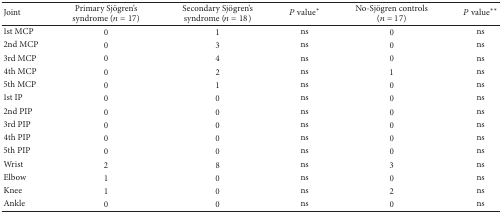
| Joint | Primary Sjögren's syndrome (n = 17) | Secondary Sjögren's syndrome (n = 18) | P value* | No-Sjögren controls (n = 17) | P value** |
 | --- | --- | --- | --- | --- | --- |
 | 1st MCP | 0 | 1 | ns | 0 | ns |
 | 2nd MCP | 0 | 3 | ns | 0 | ns |
 | 3rd MCP | 0 | 4 | ns | 0 | ns |
 | 4th MCP | 0 | 2 | ns | 1 | ns |
 | 5th MCP | 0 | 1 | ns | 0 | ns |
 | 1st IP | 0 | 0 | ns | 0 | ns |
 | 2nd PIP | 0 | 0 | ns | 0 | ns |
 | 3rd PIP | 0 | 0 | ns | 0 | ns |
 | 4th PIP | 0 | 0 | ns | 0 | ns |
 | 5th PIP | 0 | 0 | ns | 0 | ns |
 | Wrist | 2 | 8 | ns | 3 | ns |
 | Elbow | 1 | 0 | ns | 0 | ns |
 | Knee | 1 | 0 | ns | 2 | ns |
 | Ankle | 0 | 0 | ns | 0 | ns |